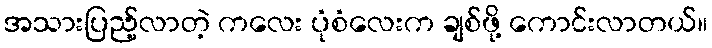
အသားပြည့်လာတဲ့ ကလေး ပုံစံလေးက ချစ်ဖို့ ကောင်းလာတယ်။